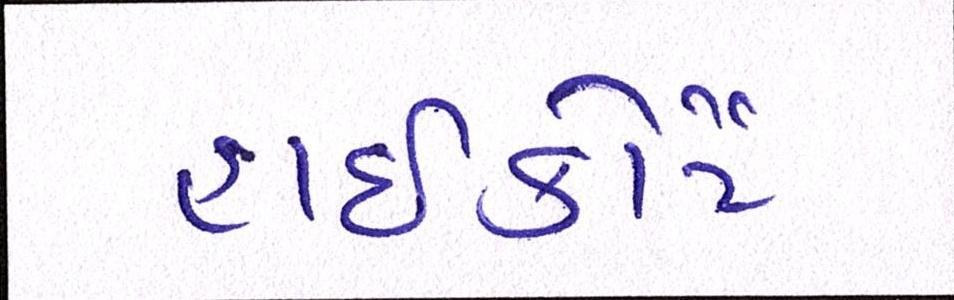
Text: હાઈકોર્ટે